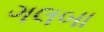
ગલબા